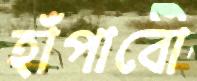
হাঁপাবো